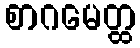
စာဂမေတ္ထ